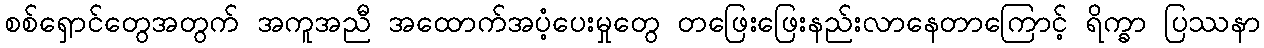
စစ်ရှောင်တွေအတွက် အကူအညီ အထောက်အပံ့ပေးမှုတွေ တဖြေးဖြေးနည်းလာနေတာကြောင့် ရိက္ခာ ပြဿနာ